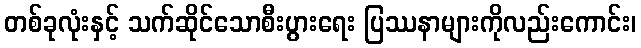
တစ်ခုလုံးနှင့် သက်ဆိုင်သောစီးပွားရေး ပြဿနာများကိုလည်းကောင်း၊